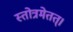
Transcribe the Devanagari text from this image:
स्तोत्रमेतत्।